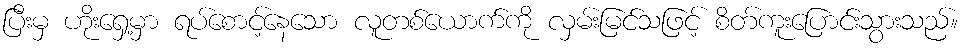
ပြီးမှ ဟိုးရှေ့မှာ ရပ်စောင့်နေသော လူတစ်ယောက်ကို လှမ်းမြင်သဖြင့် စိတ်ကူးပြောင်းသွားသည်။